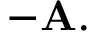
- \mathbf { A } .